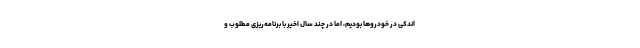
اندکی در خودروها بودیم، اما در چند سال اخیر با برنامه‌ریزی مطلوب و